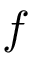
f